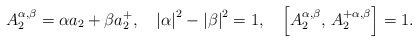
\begin{align*}A_{2}^{\alpha ,\beta }=\alpha a_{2}+\beta a_{2}^{+},\quad \left| \alpha\right| ^{2}-\left| \beta \right| ^{2}=1,\quad \left[ A_{2}^{\alpha ,\beta},\,A_{2}^{+\alpha ,\beta }\right] =1. \end{align*}